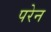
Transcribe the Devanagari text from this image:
परेन